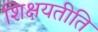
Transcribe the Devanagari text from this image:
शिक्षयतीति